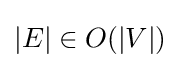
|E|\in O(|V|)